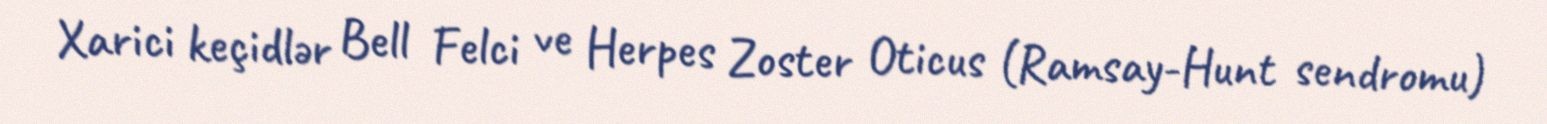
Xarici keçidlər Bell Felci ve Herpes Zoster Oticus (Ramsay-Hunt sendromu)